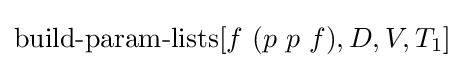
\operatorname {build-param-lists} [f\ (p\ p\ f),D,V,T_{1}]